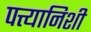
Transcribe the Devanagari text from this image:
पत्त्यानिशी